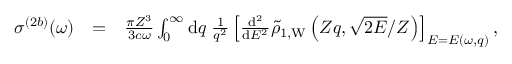
\begin{array} { r l r } { \sigma ^ { ( 2 b ) } ( \omega ) } & { = } & { \frac { \pi Z ^ { 3 } } { 3 c \omega } \int _ { 0 } ^ { \infty } \ensuremath { \mathrm { d } } q \; \frac { 1 } { q ^ { 2 } } \left[ \frac { \ensuremath { \mathrm { d } } ^ { 2 } } { \ensuremath { \mathrm { d } } E ^ { 2 } } \tilde { \rho } _ { 1 , \mathrm { W } } \left( Z q , \sqrt { 2 E } / Z \right) \right] _ { E = E ( \omega , q ) } , } \end{array}